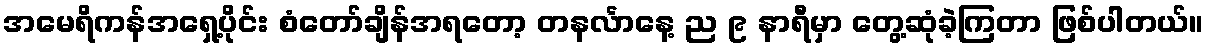
အမေရိကန်အရှေ့ပိုင်း စံတော်ချိန်အရတော့ တနင်္လာနေ့ ည ၉ နာရီမှာ တွေ့ဆုံခဲ့ကြတာ ဖြစ်ပါတယ်။